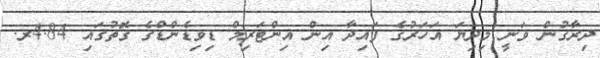
ދިރާގުން ވަނީ މިދިޔަ އަހަރުގެ ފައިދާ އިން އިންޓަރިމް ޑިވިޑެންޑްގެ ގޮތުގައި 4.84ރ.